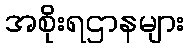
အစိုးရဌာနများ